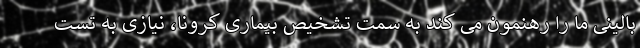
بالینی ما را رهنمون می کند به سمت تشخیص بیماری کرونا، نیازی به تست